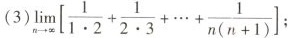
(3)$$\lim _ { n \rightarrow \infty } \left [ \frac { 1 } { 1 \cdot 2 } + \frac { 1 } { 2 \cdot 3 } + … + \frac { 1 } { n ( n + 1 ) }$$